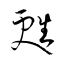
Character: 甦